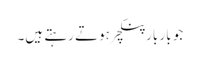
جو بار بار پنکچر ہوتے رہتے ہیں۔